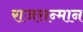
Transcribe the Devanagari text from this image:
राजसन्मान